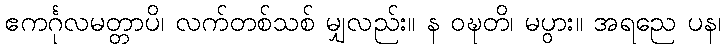
ဧကင်္ဂုလမတ္တာပိ၊ လက်တစ်သစ် မျှလည်း။ န ဝဍ္ဎတိ၊ မပွား။ အရညေ ပန၊